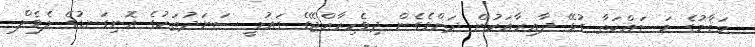
މަޤާމުގެ މަސައްކަތާ ގުޅޭ ދާއިރާއަކުން ދަށްވެގެން ދިވެހިރާއްޖޭގެ ޤައުމީ ސަނަދުތަކުގެ އޮނިގަނޑުގެ ލެވެލް